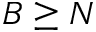
B \geq N